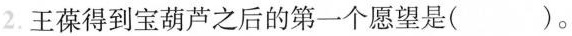
2 . 王葆得到宝葫芦之后的第一个愿望是()。